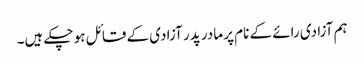
ہم آزادی رائے کے نام پر مادر پدر آزادی کے قائل ہو چکے ہیں۔